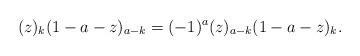
LaTeX: \begin{align*}(z)_{k}(1-a-z)_{a-k}=(-1)^a(z)_{a-k}(1-a-z)_{k}.\end{align*}